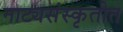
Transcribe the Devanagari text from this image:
नाट्यसंस्कृतीत